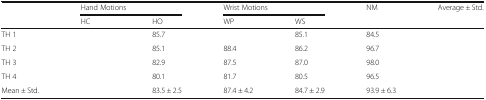
<table><thead><tr><td rowspan="2">[EMPTY_CELL]</td><td colspan="2"><b>Hand Motions</b></td><td colspan="2"><b>Wrist Motions</b></td><td rowspan="2"><b>NM</b></td><td rowspan="2"><b>Average ± Std.</b></td></tr><tr><td><b>HC</b></td><td><b>HO</b></td><td><b>WP</b></td><td><b>WS</b></td></tr></thead><tbody><tr><td>TH 1</td><td>[EMPTY_CELL]</td><td>85.7</td><td>[EMPTY_CELL]</td><td>85.1</td><td>84.5</td><td>[EMPTY_CELL]</td></tr><tr><td>TH 2</td><td>[EMPTY_CELL]</td><td>85.1</td><td>88.4</td><td>86.2</td><td>96.7</td><td>[EMPTY_CELL]</td></tr><tr><td>TH 3</td><td>[EMPTY_CELL]</td><td>82.9</td><td>87.5</td><td>87.0</td><td>98.0</td><td>[EMPTY_CELL]</td></tr><tr><td>TH 4</td><td>[EMPTY_CELL]</td><td>80.1</td><td>81.7</td><td>80.5</td><td>96.5</td><td>[EMPTY_CELL]</td></tr><tr><td>Mean ± Std.</td><td>[EMPTY_CELL]</td><td>83.5 ± 2.5</td><td>87.4 ± 4.2</td><td>84.7 ± 2.9</td><td>93.9 ± 6.3</td><td>[EMPTY_CELL]</td></tr></tbody></table>